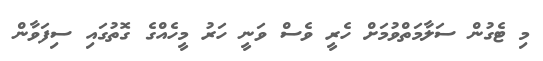
މި ޓެގުން ސަލާމަތްވުމަށް ހެރީ ވެސް ވަނީ ހަރު މީހެއްގެ ގޮތުގައި ސިފަވާން